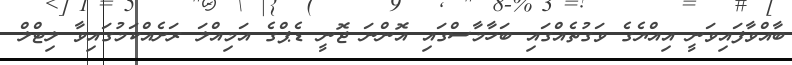
ބާއްވާފައިވަނީ އިއްޔެގެ ވަގުތެއްގައި ބަހާމާސްގައި އޮންނަ ޖޮނީ ޑެޕްގެ އަމިއްލަ ރަށެއްކަމުގައިވާ ލިޓްލް